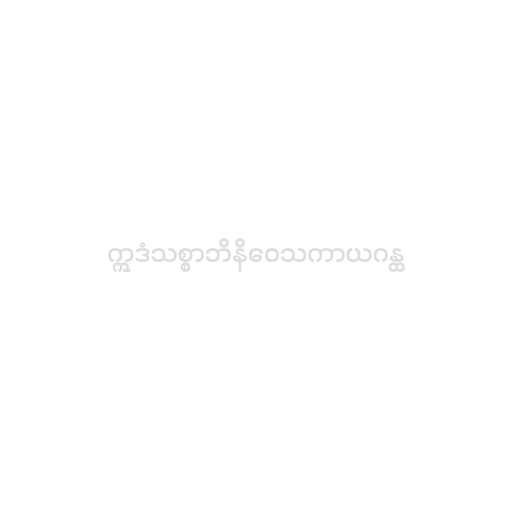
ဣဒံသစ္စာဘိနိဝေသကာယဂန္ထ